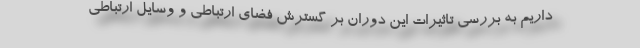
داریم به بررسی تاثیرات این دوران بر گسترش فضای ارتباطی و وسایل ارتباطی